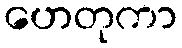
ဟေတုကာ